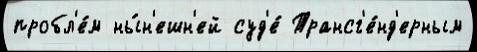
пробл'е́м ны́н'ешн'ей суд'е́ Трансг'е́нд'ерным